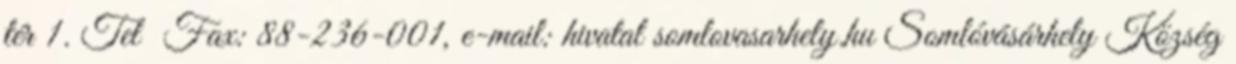
tér 1. Tel Fax: 88-236-001, e-mail: hivatal somlovasarhely.hu Somlóvásárhely Község